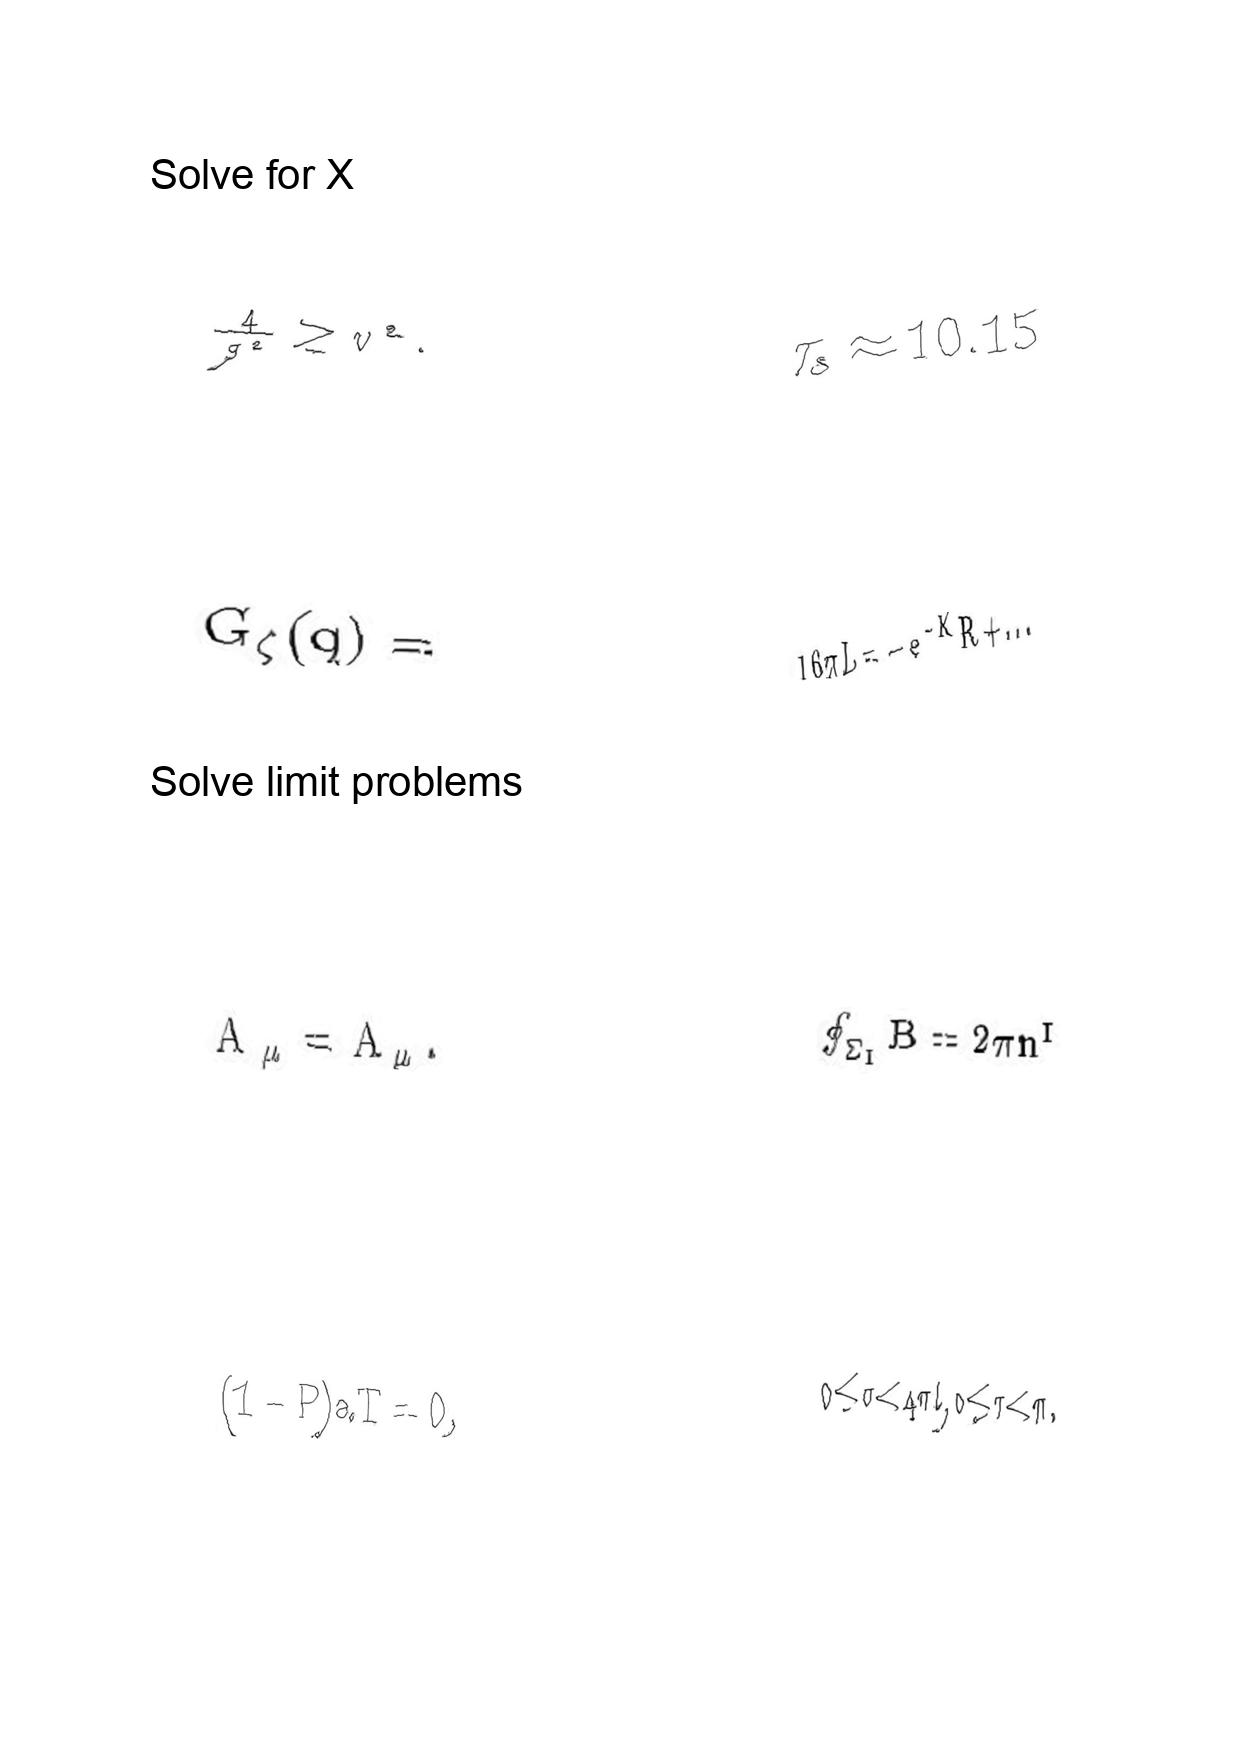
LaTeX transcription:
\frac { 4 } { g ^ { 2 } } \geq v ^ { 2 } .
G _ { \zeta } \lparen q \rparen =
\tilde { A } _ { \mu } = A _ { \mu } .
\lparen 1 - P \rparen a T = 0 ,
\tau _ { s } \approx 1 0 . 1 5
1 6 \pi L = - e ^ { - K } R + \ldots
\oint _ { \Sigma _ { I } } B = 2 \pi n ^ { I }
0 \leq \sigma \lt 4 \pi l , 0 \leq \tau \lt \pi .